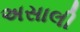
અસાલી